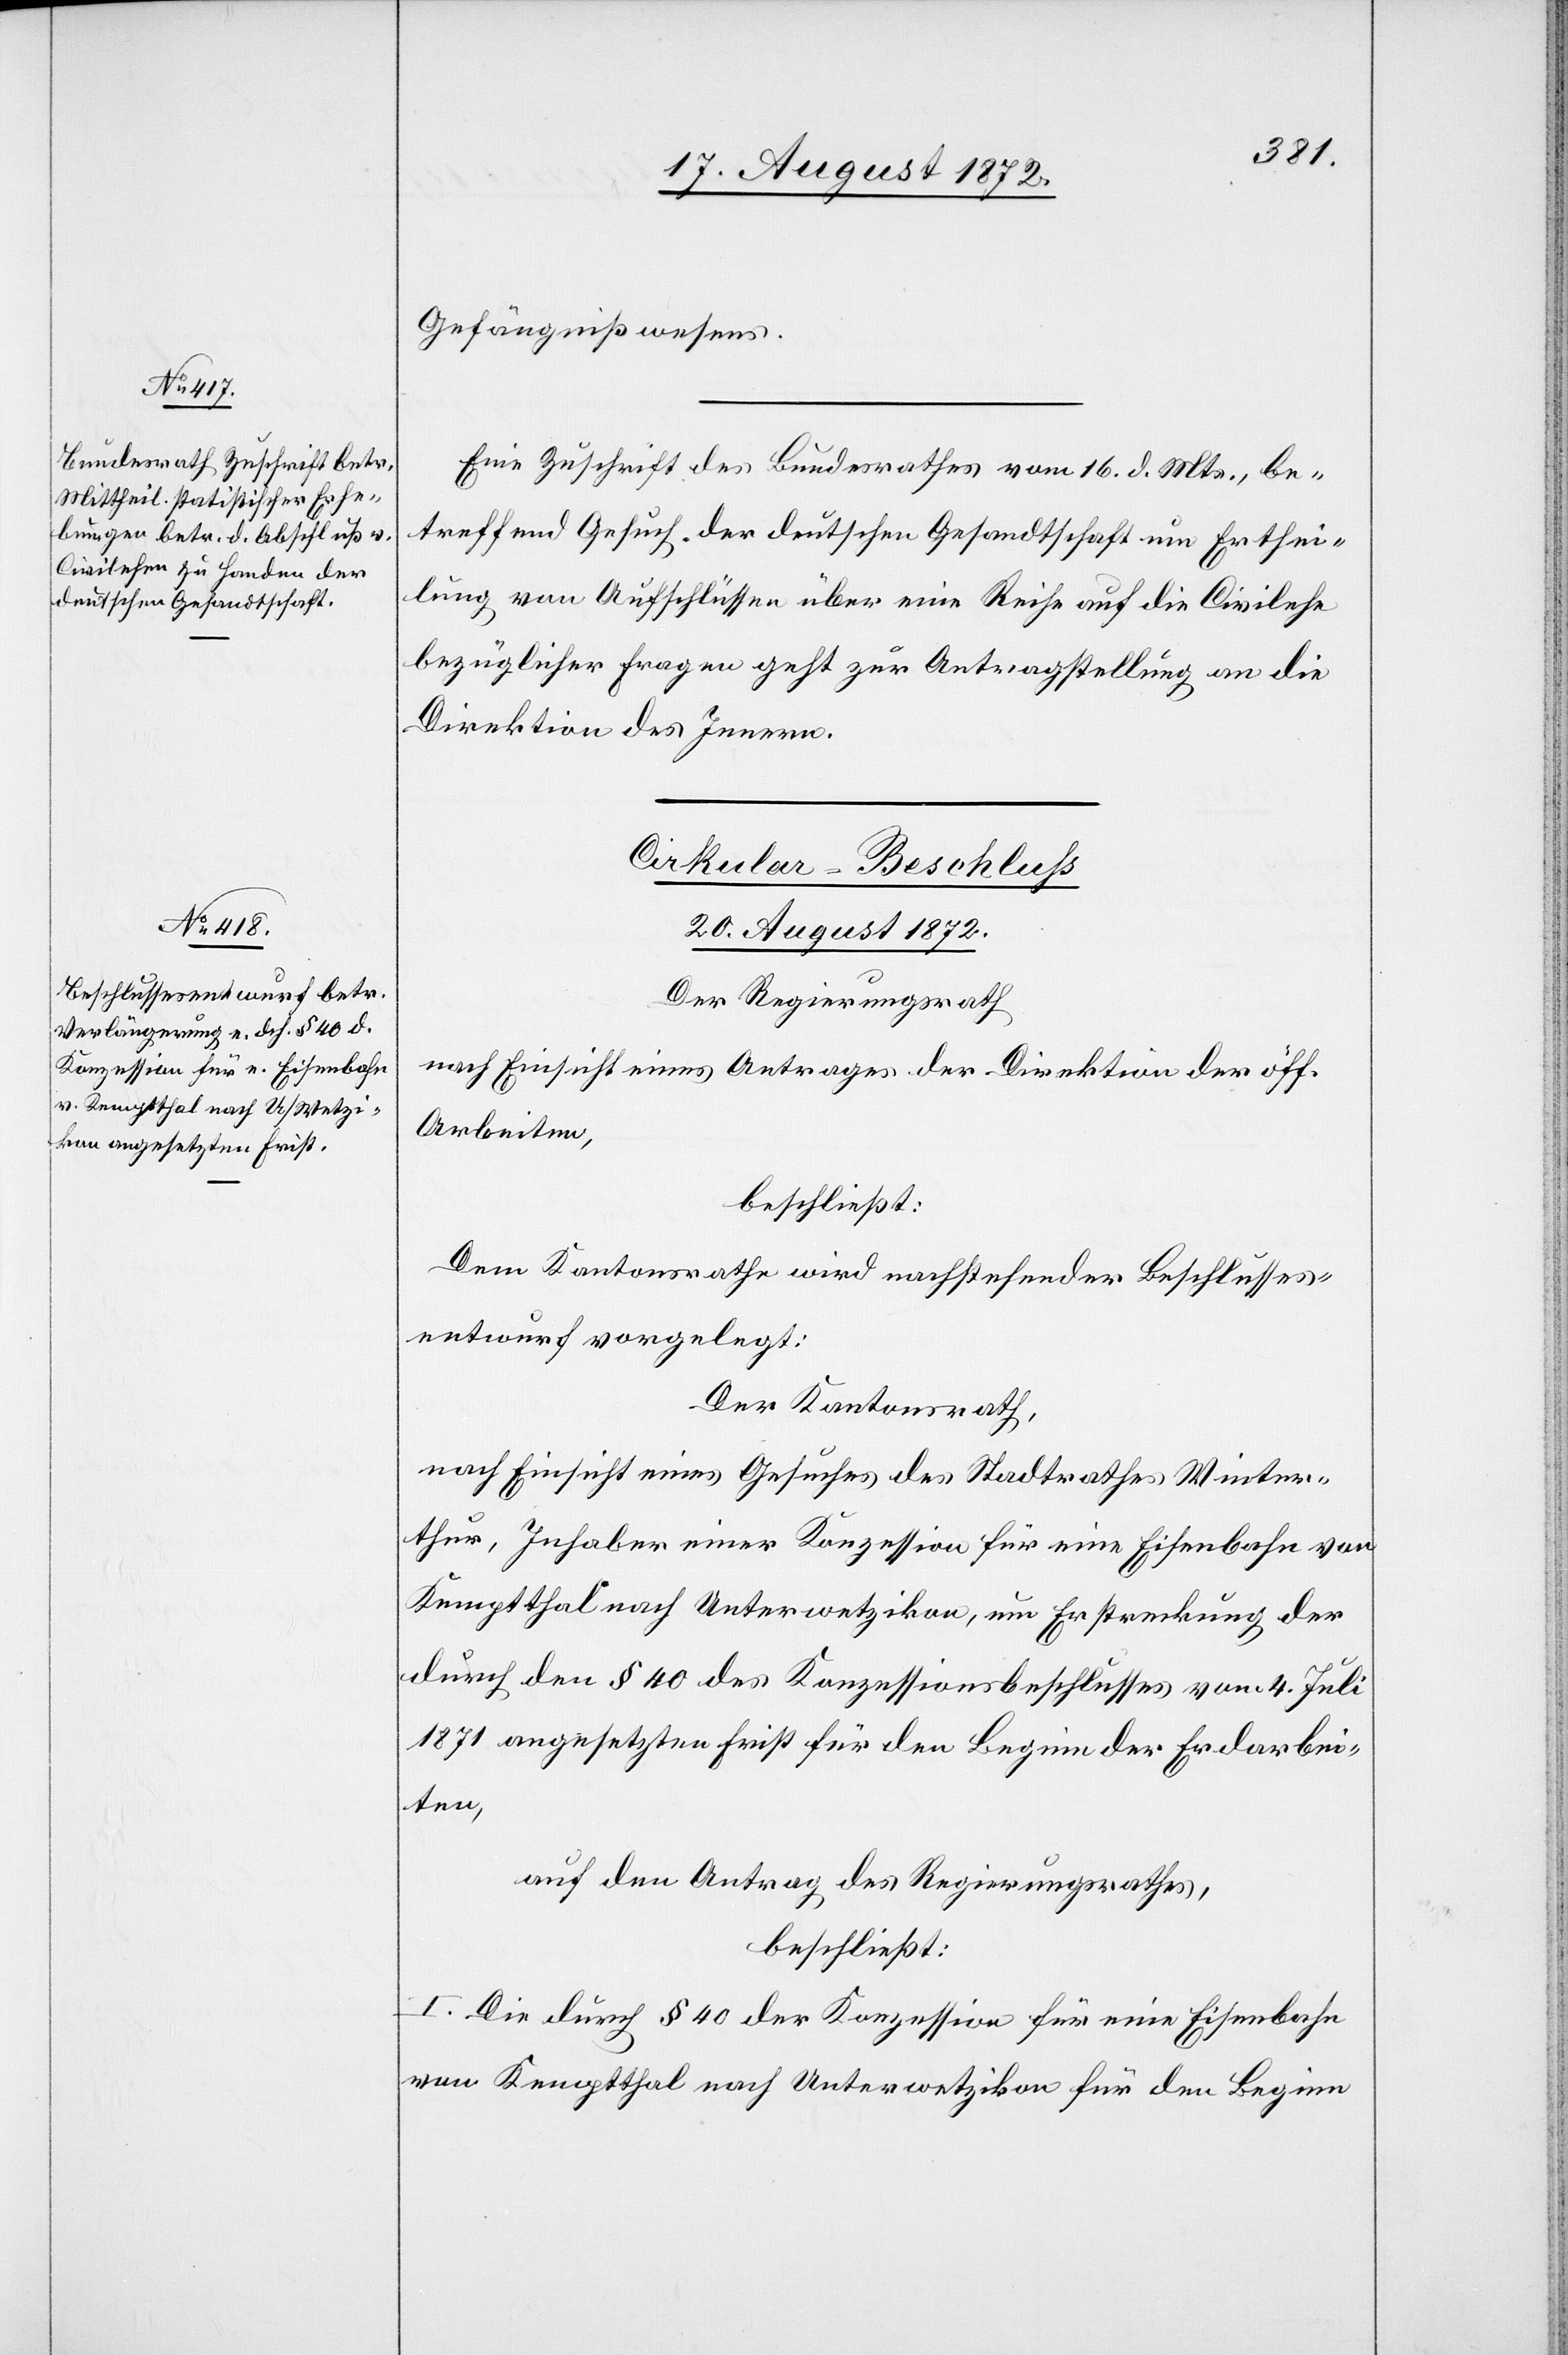
Gefängnißwesens.
Eine Zuschrift des Bundesrathes vom 16. d. Mts., be¬
treffend Gesuch der deutschen Gesandtschaft um Erthei¬
lung von Aufschlüssen über eine Reihe auf die Civilehe
bezüglicher Fragen geht zur Antragstellung an die
Direktion des Innern.
Cirkular-Beschluss
20. August 1872.
Der Regierungsrath
nach Einsicht eines Antrages der Direktion der öff.
Arbeiten,
beschließt:
Dem Kantonsrathe wird nachstehender Beschlusses¬
entwurf vorgelegt:
Der Kantonsrath,
nach Einsicht eines Gesuches des Stadtrathes Winter¬
thur, Inhaber einer Konzession für eine Eisenbahn von
Kemptthal nach Unterwetzikon, um Erstreckung der
durch den § 40 des Konzessionsbeschlusses vom 4. Juli
1871 angesetzten Frist für den Beginn der Erdarbei¬
ten,
auf den Antrag des Regierungsrathes,
beschließt:
I. Die durch § 40 der Konzession für eine Eisenbahn
von Kemptthal nach Unterwetzikon für den Beginn